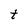
Character: t